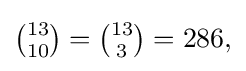
{\textstyle {\binom {13}{10}}={\binom {13}{3}}=286,}